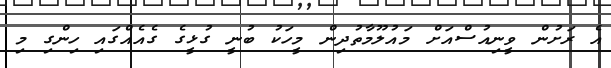
އެ ރަށުން ވީނިއުސްއަށް މައުލޫމާތުދިން މީހަކު ބުނީ ގުޅީގެ ގެއެއްގައި ހިންގި މި